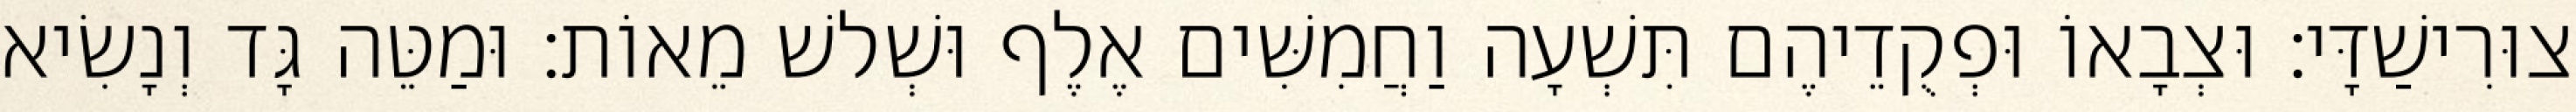
צוּרִישַׁדָּי׃ וּצְבָאוֹ וּפְקֻדֵיהֶם תִּשְׁעָה וַחֲמִשִּׁים אֶלֶף וּשְׁלשׁ מֵאוֹת׃ וּמַטֵּה גָּד וְנָשִׂיא